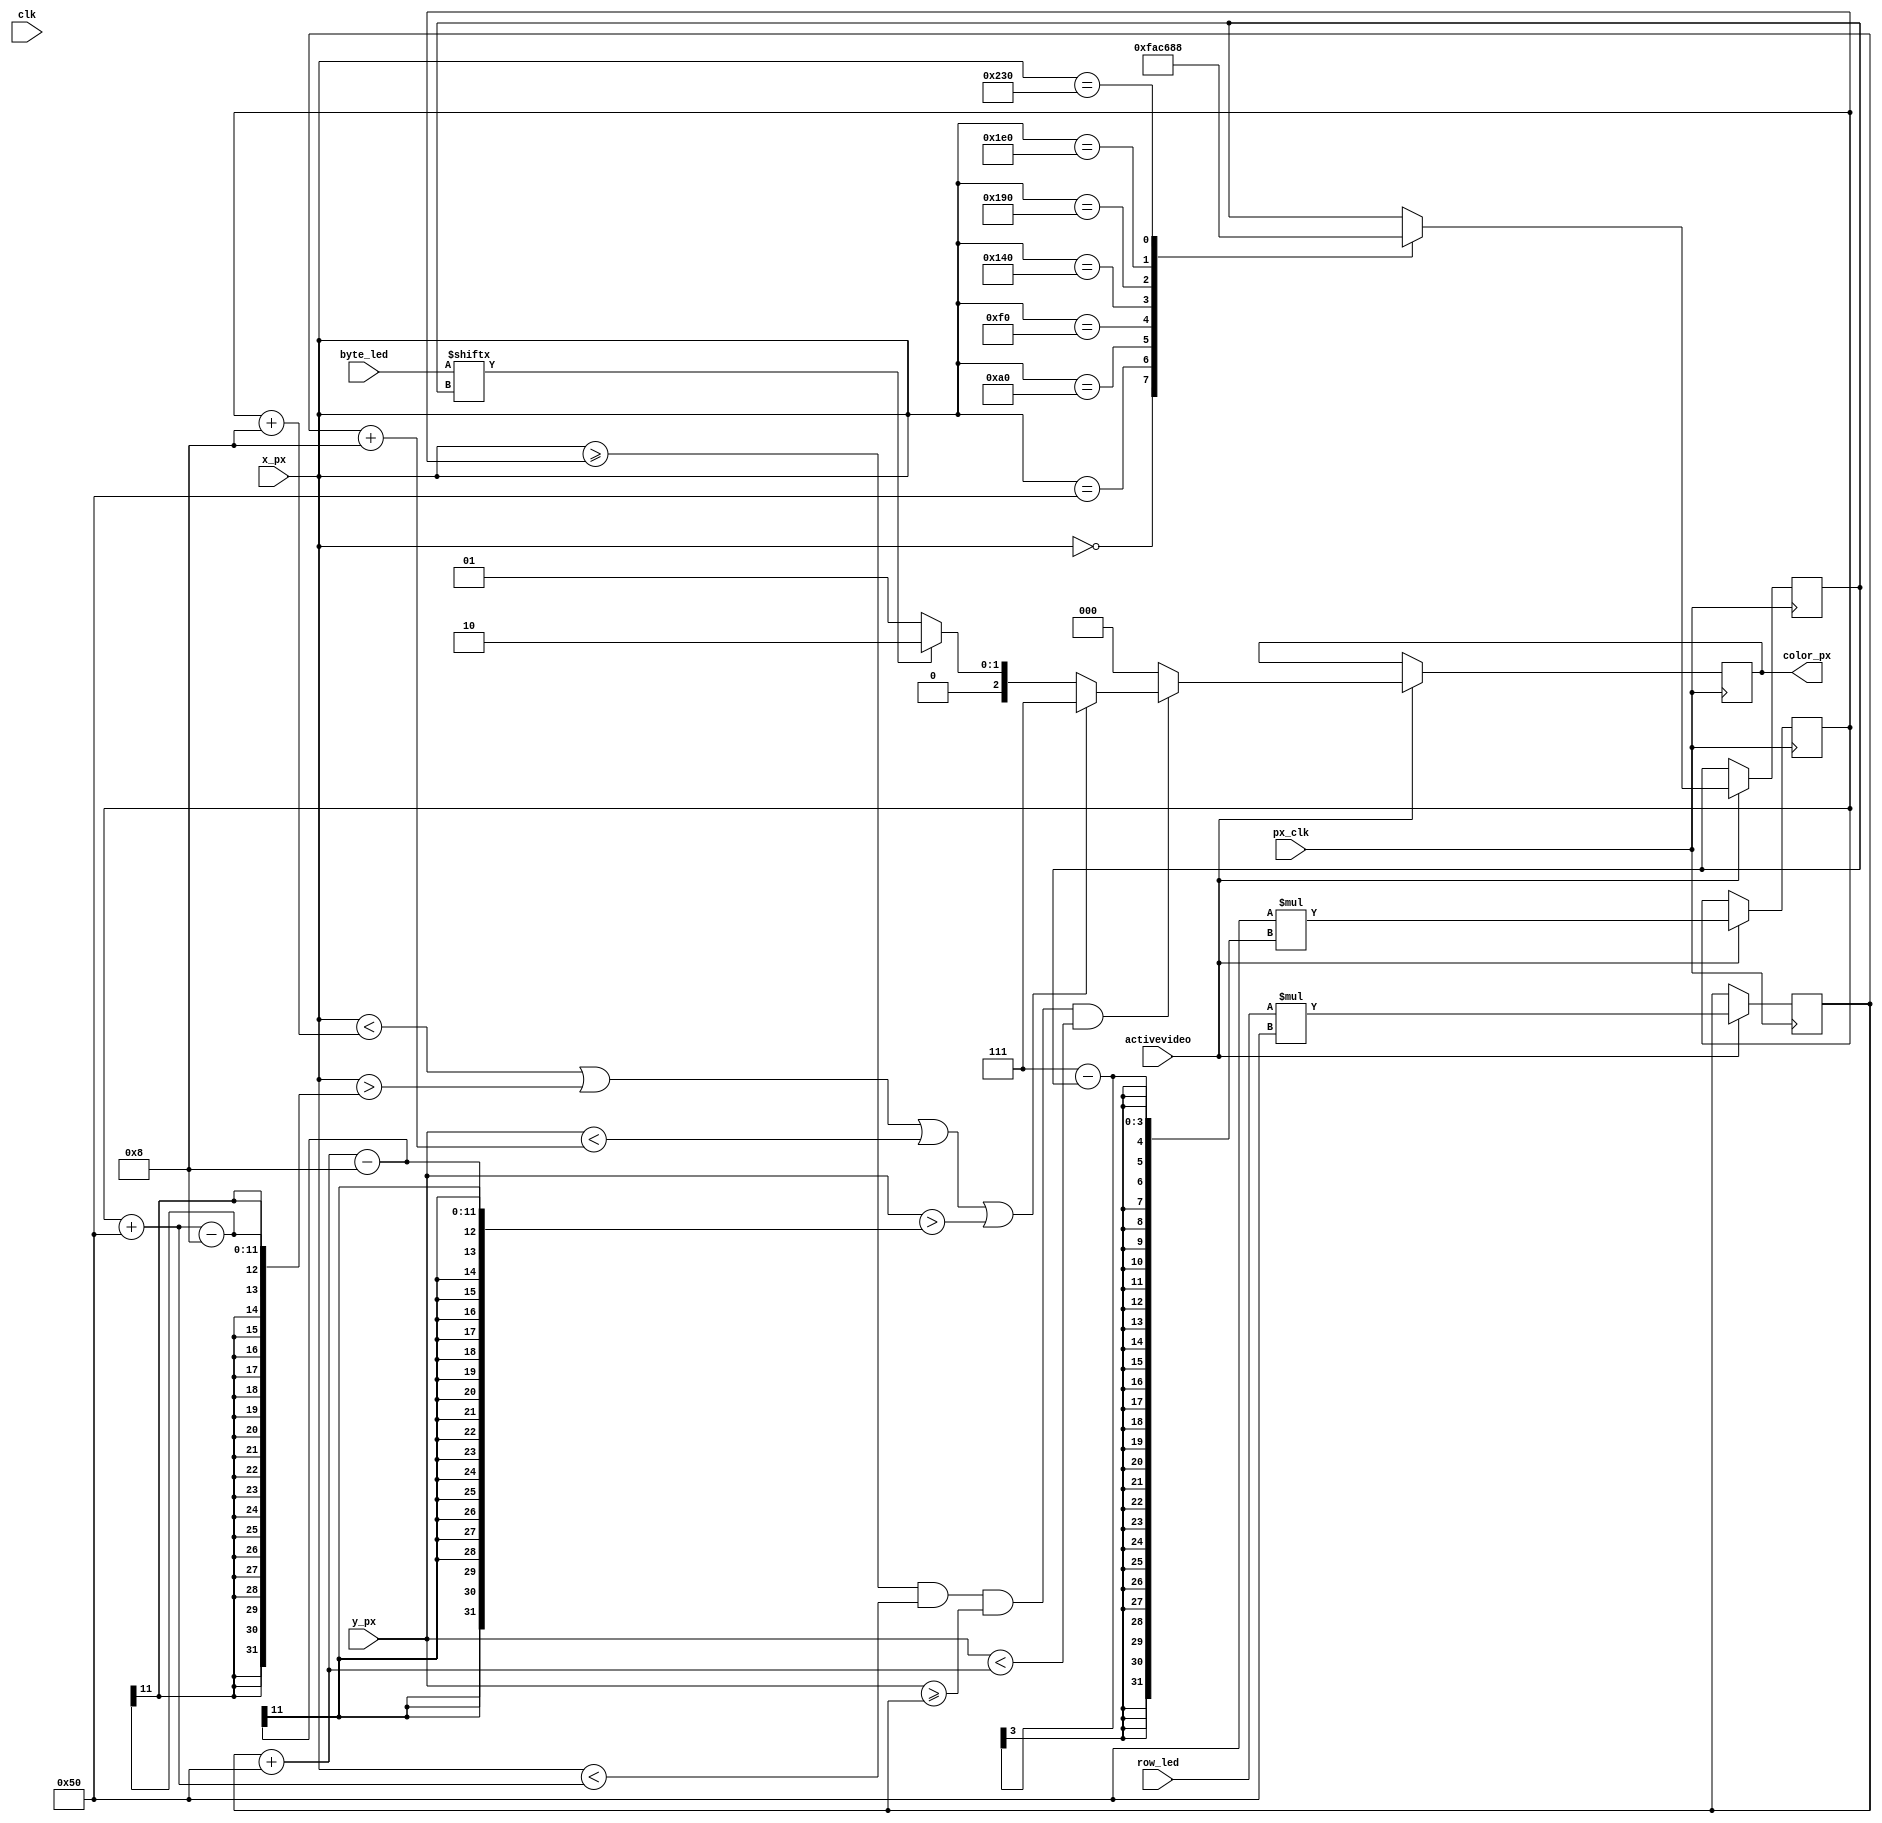
//////////////////////////////////////////////////////////////////////////////////
// Company: Ridotech
// 
// Module Name: leds
// Description: Show a byte as an array of LEDs in VGA monitor.
//
// Dependencies:
//
// Revision: 
// Revision 0.01 - File Created
//
// Additional Comments: 
// For a new version -> delete clk input, activate busy output,
//                      calculate width and height with a two parameter:
//                      number of leds for row (640/num_leds = width)
//                      and rows (480/num_rows = height)
//
//////////////////////////////////////////////////////////////////////////////////
module leds #(
              parameter width   = 80,          // Width of the LED.
              parameter height  = 80,          // Height of the LED.
              parameter hborder = 8,           // Vertical border.
              parameter vborder = 8            // Horizontal border.
              )
(
                input wire        clk,         // System clock.
                input wire [9:0]  x_px,        // X position actual pixel.
                input wire [9:0]  y_px,        // Y position actual pixel.
                input wire        activevideo, // Active video.
                input wire        px_clk,      // Pixel clock.
                input wire [7:0]  byte_led,    // Byte to show in monitor.
                input wire [2:0]  row_led,     // Row to show byte.          
                output reg [2:0]  color_px     // Actual pixel color.
                //output wire        busy,      // Module busy drawing a byte (next...).
                );
    
    // Some colors.
    parameter [2:0] black = 3'b000;
    parameter [2:0] blue  = 3'b001;
    parameter [2:0] green = 3'b010;
    parameter [2:0] white = 3'b111;
    
    parameter border = white;
    parameter led_on = green;
    parameter led_off = blue;
    parameter background = black;

	// LED's dimensions.
    //parameter width = 80;           // Width of the LED.
    //parameter height = 80;          // Height of the LED.
    //parameter vborder = 8;          // Vertical border.
    //parameter hborder = 8;          // Horizontal border.

    // Positions and state of LEDs.
    reg [9:0] x_led;
    reg [9:0] y_led;
    reg [2:0] bit_led;
    
    // Next...
    // assign busy = ((x_px == (x_led + width-1)) && (y_px == (y_led + height-1))) ? 0 : 1;
      
    // Calculate leds positions.
    // We need pixel clock from vga controller for stable visualization.
    always @(posedge px_clk)
    begin
        if (activevideo)
        begin
            // Calculate 'x_led' in screen.
            // NOTE: (7-bit_led) for a MSB to LSB, from left to right.
            x_led <= width*(7-bit_led);
            
            // Calculate 'y_led' in screen.
            y_led <= row_led*height;
            
            // Trick for assign bit in LED.
            // NOTE: Try to replace a "bit_led = x_px / width" operation.
            case (x_px)
                width*0:
                    bit_led <= 7;
                width*1:
                    bit_led <= 6;
                width*2:
                    bit_led <= 5;
                width*3:
                    bit_led <= 4;
                width*4:
                    bit_led <= 3;
                width*5:
                    bit_led <= 2;
                width*6:
                    bit_led <= 1;
                width*7:
                    bit_led <= 0;
            endcase
        end
    end
    
    // Drawing LEDs.
    always @(posedge px_clk)
    begin
        // Are 'x_px' and 'y_px' active?
        if (activevideo)
        begin
            // If we're inside the led, get right color. Outside get background.
            if ((x_px >= x_led) && (x_px < x_led + width) && (y_px >= y_led) && (y_px < y_led + height))   
            begin
                // If we're on border, color border, else... color LED's state.
                if ((x_px < x_led + hborder) || (x_px > x_led + width - hborder ) || (y_px < y_led + vborder) || (y_px > y_led + height - vborder))
                    color_px = border;
                else
                begin
                    if (byte_led[bit_led])
                        color_px = led_on;
                    else
                        color_px = led_off;
                end
            end
            else
               color_px = background;
        end
    end
endmodule